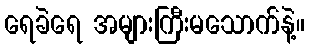
ရေခဲရေ အများကြီးမသောက်နဲ့။